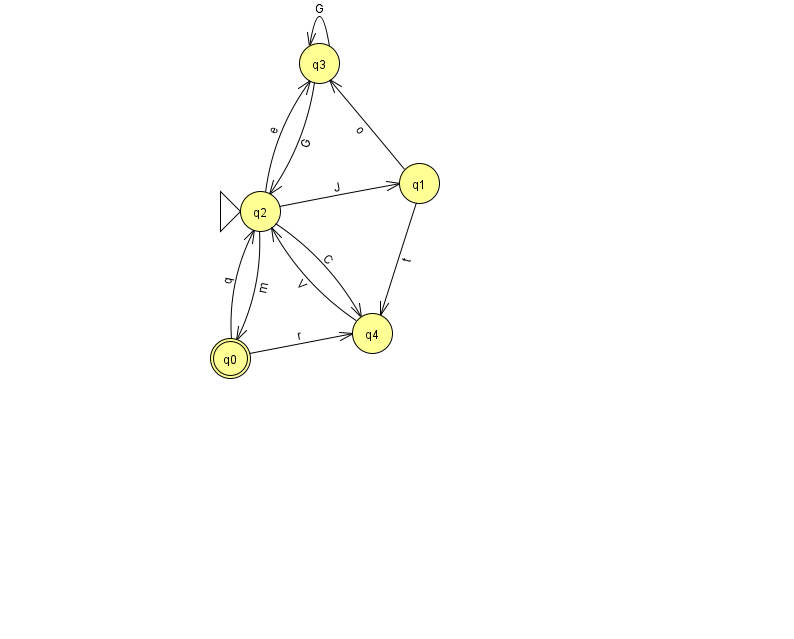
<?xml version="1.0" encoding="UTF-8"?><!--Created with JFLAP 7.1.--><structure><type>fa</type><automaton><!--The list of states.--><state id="0" name="q0"><x>230.0</x><y>345.0</y><final/></state><state id="1" name="q1"><x>419.0</x><y>170.0</y></state><state id="2" name="q2"><x>260.0</x><y>198.0</y><initial/></state><state id="3" name="q3"><x>319.0</x><y>50.0</y></state><state id="4" name="q4"><x>372.0</x><y>320.0</y></state><!--The list of transitions.--><transition><from>1</from><to>3</to><read>o</read></transition><transition><from>0</from><to>4</to><read>r</read></transition><transition><from>2</from><to>0</to><read>m</read></transition><transition><from>3</from><to>3</to><read>G</read></transition><transition><from>1</from><to>4</to><read>t</read></transition><transition><from>2</from><to>3</to><read>e</read></transition><transition><from>0</from><to>2</to><read>q</read></transition><transition><from>2</from><to>1</to><read>J</read></transition><transition><from>3</from><to>2</to><read>G</read></transition><transition><from>4</from><to>2</to><read>V</read></transition><transition><from>2</from><to>4</to><read>C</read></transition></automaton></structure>